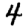
Digit: 4